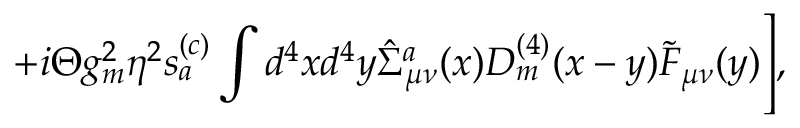
+ i \Theta g _ { m } ^ { 2 } \eta ^ { 2 } s _ { a } ^ { ( c ) } \int d ^ { 4 } x d ^ { 4 } y \hat { \Sigma } _ { \mu \nu } ^ { a } ( x ) { \cal D } _ { m } ^ { ( 4 ) } ( x - y ) \tilde { \cal F } _ { \mu \nu } ( y ) \Biggr ] ,